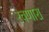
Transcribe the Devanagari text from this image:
रचणारा